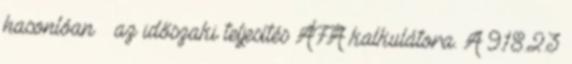
hasonlóan – az időszaki teljesítés ÁFA kalkulátora. A 9.18.2.3